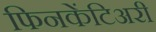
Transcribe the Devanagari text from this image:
फिनकेंटिअरी